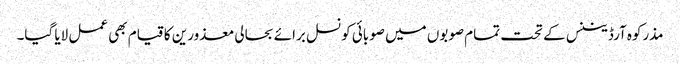
مذرکوہ آرڈیننس کے تحت تمام صوبوں میں صوبائی کونسل برائے بحالی معذورین کا قیام بھی عمل لایا گیا۔